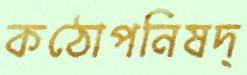
কঠোপনিষদ্